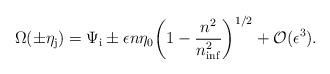
LaTeX: \begin{align*}\Omega (\pm \eta _{\rm j})=\Psi _{\rm i}\pm \epsilon n\eta _0\biggl(1-\frac{n^2}{n_{\rm inf}^2}\biggr)^{1/2}+{\cal O}(\epsilon ^3).\end{align*}